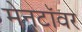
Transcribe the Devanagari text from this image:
मेनटॉवर